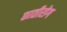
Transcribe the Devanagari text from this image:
छातीरोग